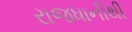
રાજધાનીથી